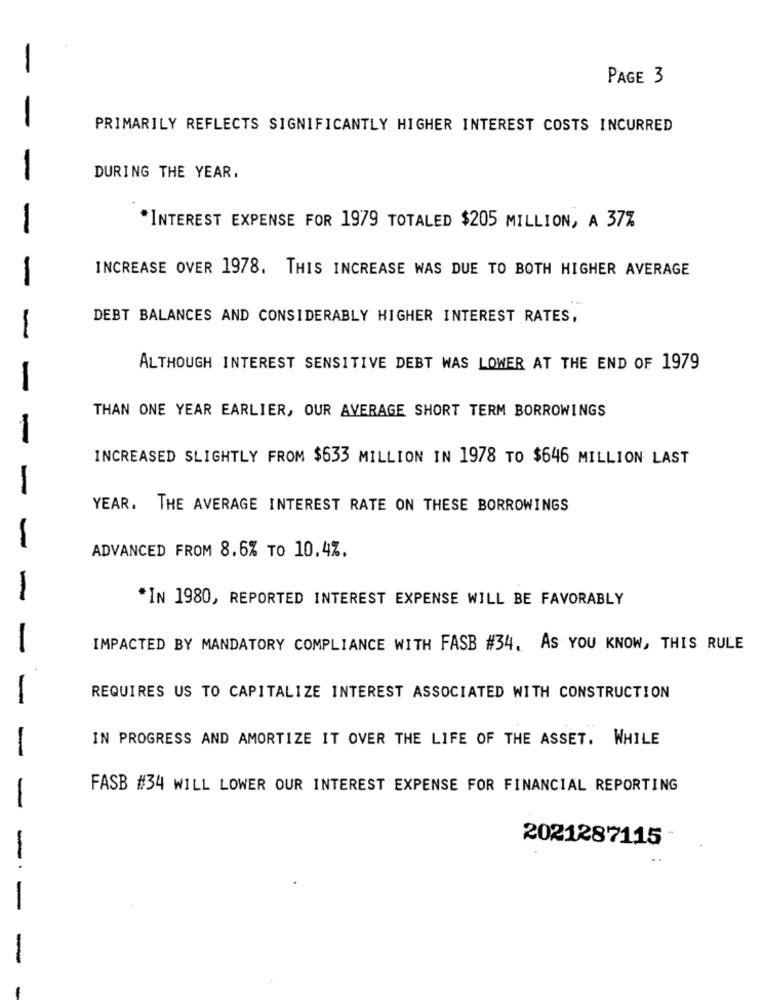
PAGE 3
PRIMARILY REFLECTS SIGNIFICANTLY HIGHER INTEREST COSTS INCURRED
DURING THE YEAR.
-
INTEREST EXPENSE FOR 1979 TOTALED $205 MILLION, A 37%
INCREASE OVER 1978. THIS INCREASE WAS DUE TO BOTH HIGHER AVERAGE
DEBT BALANCES AND CONSIDERABLY HIGHER INTEREST RATES,
-
ALTHOUGH INTEREST SENSITIVE DEBT WAS LOWER AT THE END OF 1979
-
THAN ONE YEAR EARLIER, OUR AVERAGE SHORT TERM BORROWINGS
-
INCREASED SLIGHTLY FROM $633 MILLION IN 1978 TO $646 MILLION LAST
-
YEAR. THE AVERAGE INTEREST RATE ON THESE BORROWINGS
-
ADVANCED FROM 8.6% TO 10.4%.
-
*IN 1980, REPORTED INTEREST EXPENSE WILL BE FAVORABLY
IMPACTED BY MANDATORY COMPLIANCE WITH FASB #34. AS YOU KNOW, THIS RULE
REQUIRES US TO CAPITALIZE INTEREST ASSOCIATED WITH CONSTRUCTION
IN PROGRESS AND AMORTIZE IT OVER THE LIFE OF THE ASSET. WHILE
-
FASB #34 WILL LOWER OUR INTEREST EXPENSE FOR FINANCIAL REPORTING
-
2021287115